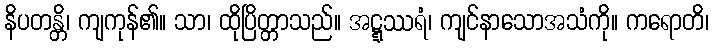
နိပတန္တိ၊ ကျကုန်၏။ သာ၊ ထိုပြိတ္တာသည်။ အဋ္ဋဿရံ၊ ကျင်နာသောအသံကို။ ကရောတိ၊